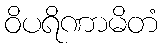
ဝိပရိဏာမိတံ